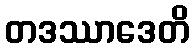
တဒဿာဒေတိ